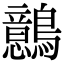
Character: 鷾